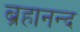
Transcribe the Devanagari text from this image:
ब्रहानन्द